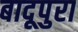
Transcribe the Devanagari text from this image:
बादूपुरा